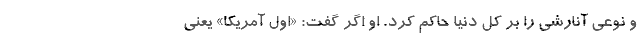
و نوعی آنارشی را بر کل دنیا حاکم کرد. او اگر گفت: «اول آمریکا» یعنی